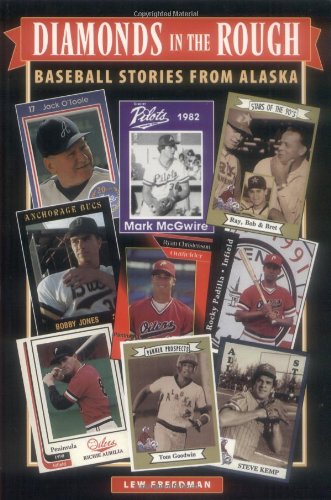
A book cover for Diamonds in the Rough; Lew Freedman; Travel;